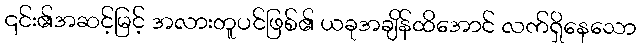
၎င်း၏အဆင့်မြင့် အလားတူပင်ဖြစ်၏ ယခုအချိန်ထိအောင် လက်ရှိနေသော